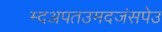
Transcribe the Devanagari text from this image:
म्दअपतउमदजंसपेउ